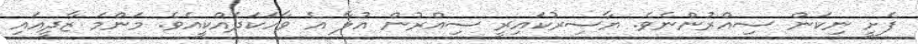
ފެށީ ނިކަން ސިއްރުންނެވެ. ޔާސިރުކައިރީ ސިއްރުން އުލާ އެ ވާހަކަދެއްކީއެވެ. މަންމަ ޒާދީއައި